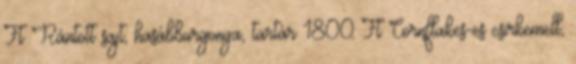
Ft Rántott sajt, hasábburgonya, tartár 1800 Ft Cornflakes-es csirkemell,